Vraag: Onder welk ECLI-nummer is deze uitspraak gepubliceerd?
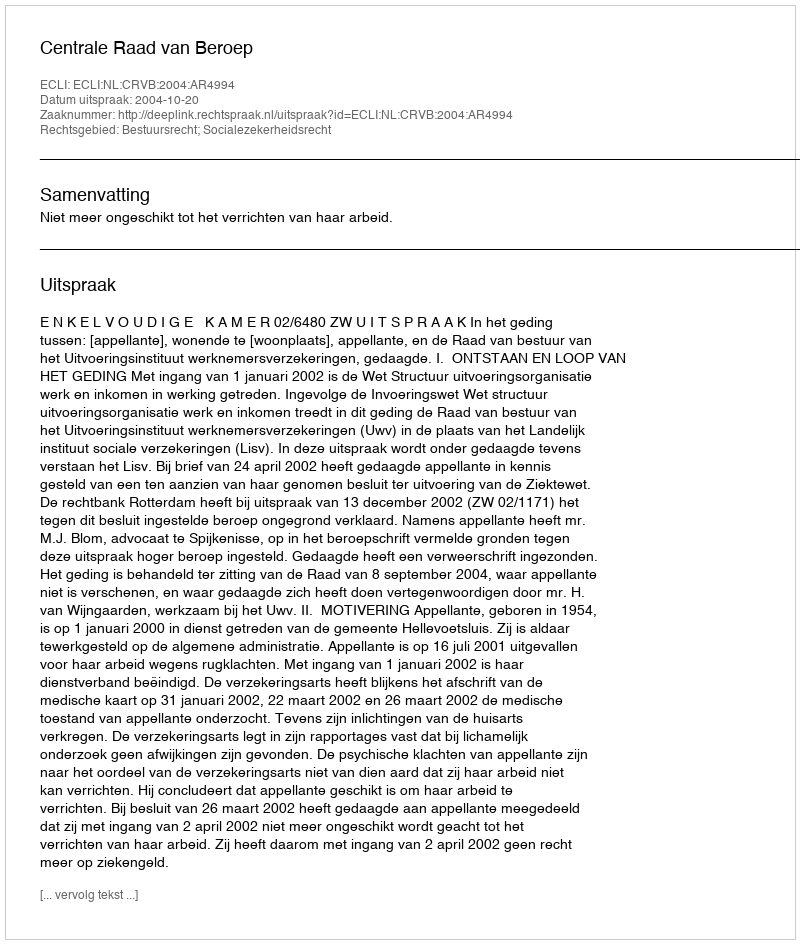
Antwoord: ECLI:NL:CRVB:2004:AR4994